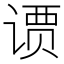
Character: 𫟢